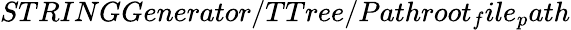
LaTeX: STRINGGenerator/TTree/Pathroot_{f}ile_{p}ath